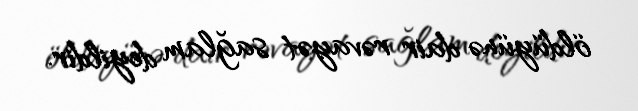
öldüyünə dair rəvayət sağlam deyildir.